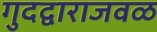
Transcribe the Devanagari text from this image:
गुदद्वाराजवळ